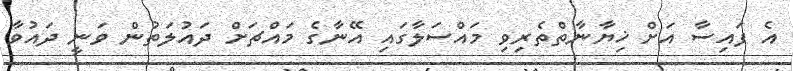
އެ ފައިސާ އަށް ޚިޔާނާތްތެރިވި މައްސަލާގައި އޭނާގެ މައްޗަށް ދައުލަތުން ވަނީ ދައުވާ